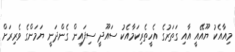
މިއާއެކު ޔޫއޭއީ އާއި ގަތަރުގެ އެހީތެރިކަމާއެކު ސައޫދީ ސިފައިން ގެންދަނީ ޔަމަންގެ ވެރިރަށް